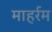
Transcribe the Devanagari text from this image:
माहर्रम